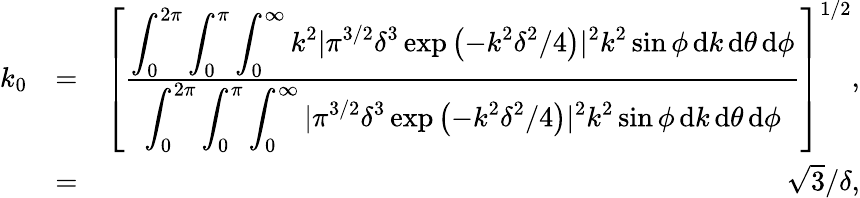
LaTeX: \begin{array}{rlr}{k_{0}}&{=}&{\left[\frac{\displaystyle\int_{0}^{2\pi}\displaystyle\int_{0}^{\pi}\displaystyle\int_{0}^{\infty}k^{2}|\pi^{3/2}\delta^{3}\exp{\left(-k^{2}\delta^{2}/4\right)}|^{2}k^{2}\sin\phi\, \mathrm{d}k\, \mathrm{d}\theta\, \mathrm{d}\phi}{\displaystyle\int_{0}^{2\pi}\displaystyle\int_{0}^{\pi}\displaystyle\int_{0}^{\infty}|\pi^{3/2}\delta^{3}\exp{\left(-k^{2}\delta^{2}/4\right)}|^{2}k^{2}\sin\phi\, \mathrm{d}k\, \mathrm{d}\theta\, \mathrm{d}\phi}\right]^{1/2},}\\ &{=}&{\sqrt{3}/\delta,}\end{array}